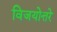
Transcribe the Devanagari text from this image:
विजयोत्तरे